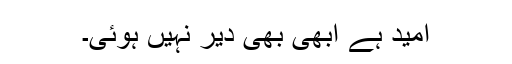
امید ہے ابھی بھی دیر نہیں ہوئی۔